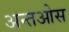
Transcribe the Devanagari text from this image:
अन्तओस